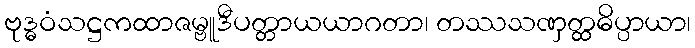
ဗုဒ္ဓဝံသဋ္ဌကထာဇမ္ဗူဒီပတ္တာယယာဂတာ၊ တဿသဏှတ္ထဓိပ္ပာယာ၊